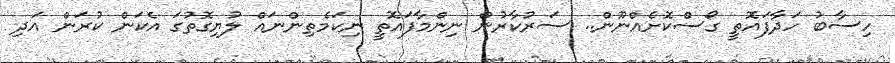
ހިސާބު ހަދާފައޮތީ ގޯސްކޮށެއްނޫން.. ސަރުކާރުން ނިންމާފައޮތީ ނިކަމެތިންނައް ލުޔިގޮތުގަ އެކަން ކުރަން އަދި